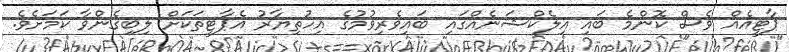
ޕާޓީއެއް ވެސް ކޮންމެ ބައި އިލެކްޝަނެއްގައި ބައިވެރިވުމުގެ އިހުތިޔާރު އެޕާޓީތަކަށް ލިބިގެންވާ ކަމަށެވެ.